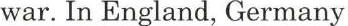
war. In England, Germany